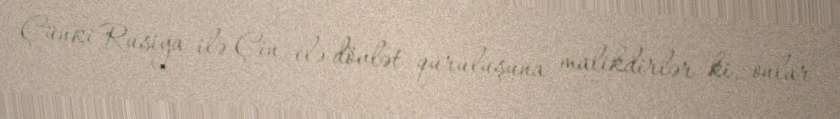
Çünki Rusiya ilə Çin elə dövlət quruluşuna malikdirlər ki, onlar